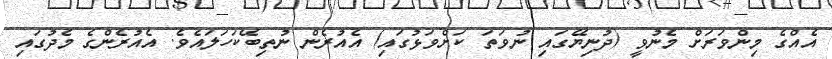
އެއްގެ މިންވަރަށް މެނުވީ (ދުނިޔޭގައި ނުވަތަ ކަށްވަޅުގައި) އެއުރެން ނުތިބޭކަހަލައެވެ. އެއުރެންގެ މެދުގައި